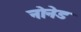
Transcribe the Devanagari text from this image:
नोनेड